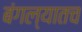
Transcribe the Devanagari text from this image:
बंगल्यातच